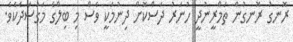
ރޮނގު ރޮނގުން ތަމްރީނުދީ ހުނަރު ދަސްކޮށް ދިނުމަކީ ވެސް މި ބިލްގެ މަގުސަދެކެވެ.